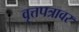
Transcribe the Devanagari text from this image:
वृत्तपत्रावर